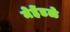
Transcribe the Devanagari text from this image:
मेहेंडळे